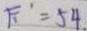
F _ { 1 } ^ { \prime } = 5 4